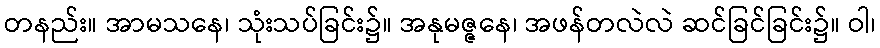
တနည်း။ အာမသနေ၊ သုံးသပ်ခြင်း၌။ အနုမဇ္ဇနေ၊ အဖန်တလဲလဲ ဆင်ခြင်ခြင်း၌။ ဝါ၊